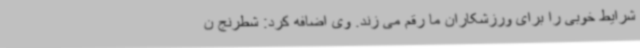
شرایط خوبی را برای ورزشکاران ما رقم می زند. وی اضافه کرد: شطرنج ن